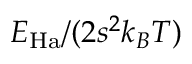
E _ { \mathrm { H a } } / ( 2 s ^ { 2 } k _ { B } T )